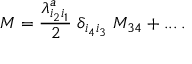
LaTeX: M = { \frac { \lambda _ { i _ { 2 } i _ { 1 } } ^ { a } } { 2 } } \; { \delta _ { i _ { 4 } i _ { 3 } } } \; M _ { 3 4 } + . . . \, .